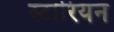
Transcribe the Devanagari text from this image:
स्टारियन